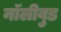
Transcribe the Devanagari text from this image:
नॉलीवुड